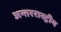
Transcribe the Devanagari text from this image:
अन्तररास्ट्रीय